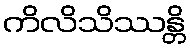
ကိလိသိဿန္တိ